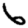
Digit: 6